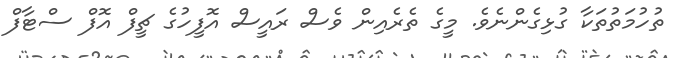
ތުހުމަތުތަކާ ގުޅިގެންނެވެ. މީގެ ތެރެއިން ވެސް ރައީސް އޮފީހުގެ ޗީފް އޮފް ސްޓާފް